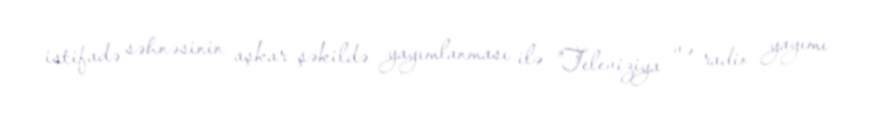
istifadə səhnəsinin aşkar şəkildə yayımlanması ilə "Televiziya və radio yayımı